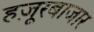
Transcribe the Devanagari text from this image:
हज़ूरबाजार